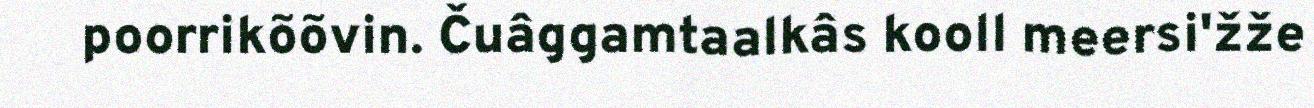
poorrikõõvin. Čuâggamtaalkâs kooll meersi'žže